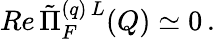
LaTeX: Re\, \tilde{\Pi}_{F}^{(q)\, L}(Q)\simeq 0\, .